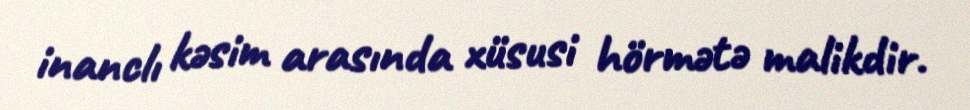
inanclı kəsim arasında xüsusi hörmətə malikdir.